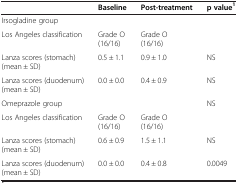
|  | Baseline | Post-treatment | p value1 |
 | --- | --- | --- | --- |
 | Irsogladine group |  |  |  |
 | Los Angeles classification | Grade O (16/16) | Grade O (16/16) |  |
 | Lanza scores (stomach) (mean ± SD) | 0.5 ± 1.1 | 0.9 ± 1.0 | NS |
 | Lanza scores (duodenum) (mean ± SD) | 0.0 ± 0.0 | 0.4 ± 0.9 | NS |
 | Omeprazole group |  |  | NS |
 | Los Angeles classification | Grade O (16/16) | Grade O (16/16) |  |
 | Lanza scores (stomach) (mean ± SD) | 0.6 ± 0.9 | 1.5 ± 1.1 | NS |
 | Lanza scores (duodenum) (mean ± SD) | 0.0 ± 0.0 | 0.4 ± 0.8 | 0.0049 |